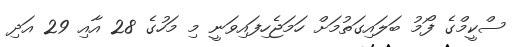
ސްކީމްގެ ފޯމު ބަލައިގަތުމަށް ހަމަޖެހިފައިވަނީ މި މަހުގެ 28 އާއި 29 އަދި